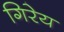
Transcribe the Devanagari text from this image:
गिरेय